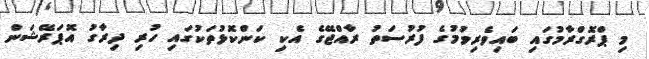
މި ޕްރޮގްރާމުގައި ބައިވެރިވުމުގެ ފުރުސަތު ރާއްޖޭގެ އެކި ކަންކޮޅުތަކުގައި ހުރި ދިރާގު އޮޕަރޭޝަން